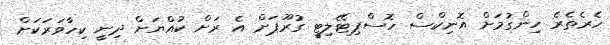
ހެރެތެރެ ހިންގުމަށް އޮނިކްސް ހޮސްޕިޓޭލިޓީ ގުރޫޕަށް އެ ރަށް ކުއްޔަށް ދިނީ ކިހާވަރަކަށް